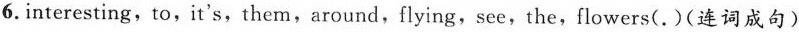
6. interesting,to,it's,them,around,flying,see,the,flowers( . )(连词成句)